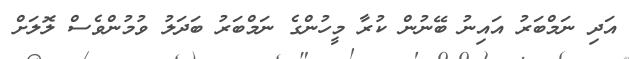
އަދި ނަމްބަރު އައިނު ބޭނުން ކުރާ މީހުންގެ ނަމްބަރު ބަދަލު ވުމުންވެސް ލޮލަށް